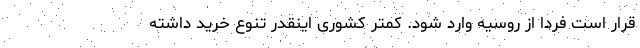
قرار است فردا از روسیه وارد شود. کمتر کشوری اینقدر تنوع خرید داشته